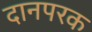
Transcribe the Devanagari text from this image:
दानपरक